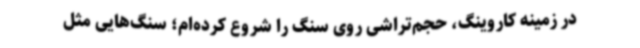
در زمینه کاروینگ، حجم‌تراشی روی سنگ را شروع کرده‌ام؛ سنگ‌هایی مثل